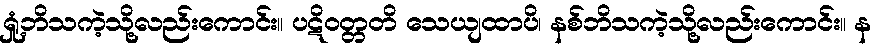
ရှုံ့ဘိသကဲ့သို့လည်းကောင်း။ ပဋိဝတ္တတိ သေယျထာပိ၊ နစ်ဘိသကဲ့သို့လည်းကောင်း။ န